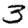
Digit: 3